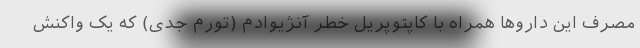
مصرف این داروها همراه با کاپتوپریل خطر آنژیوادم (تورم جدی) که یک واکنش